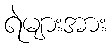
ရဲများအား